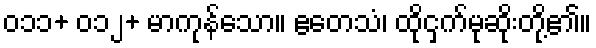
၀၁၁+ ၀၁၂+ မာကုန်သော။ ဧတေသံ၊ ထိုငှက်မုဆိုးတို့၏။